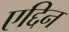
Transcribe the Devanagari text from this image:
एद्दिन